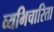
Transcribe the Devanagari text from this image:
व्यभिचारिता